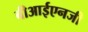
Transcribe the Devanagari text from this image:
बीआईएनजी